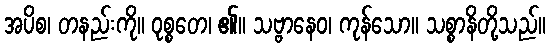
အပိစ၊ တနည်းကို။ ဝုစ္စတေ၊ ၏။ သဗ္ဗာနေဝ၊ ကုန်သော။ သစ္စာနိတို့သည်။